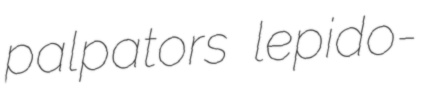
palpators lepido-